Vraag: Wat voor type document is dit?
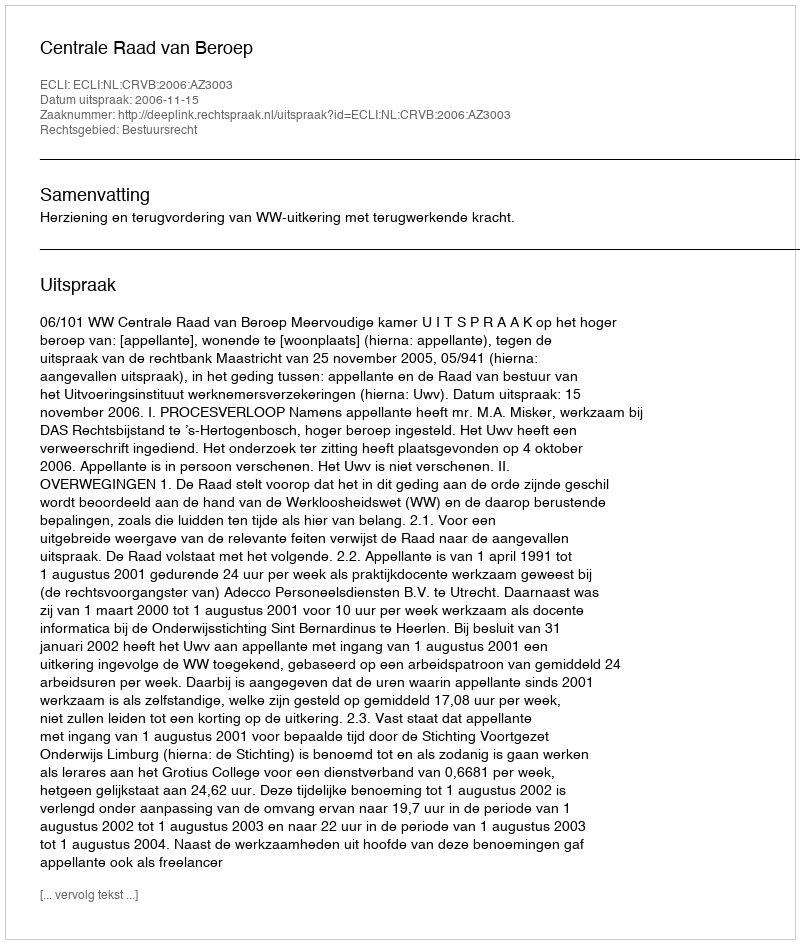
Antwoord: Uitspraak